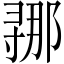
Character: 𫴲